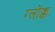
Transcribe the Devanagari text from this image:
ग्लोक्क